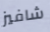
شافيز